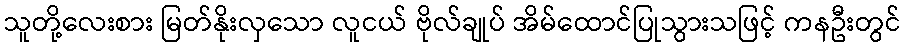
သူတို့လေးစား မြတ်နိုးလှသော လူငယ် ဗိုလ်ချုပ် အိမ်ထောင်ပြုသွားသဖြင့် ကနဦးတွင်